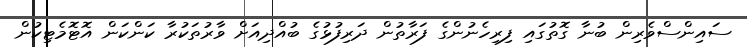
ސައިންސްވެރިން ބުނާ ގޮތުގައި ފިރިހެނުންގެ ފަރާތުން ދަރިފުޅުގެ ބުއްދިއަށް ވާރުތަކުރާ ކަންކަން އޮޓޮމެޓިކުން